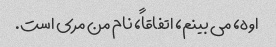
اوه، می بینم، اتفاقاً، نام من مری است.